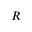
{ \boldsymbol { R } }